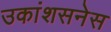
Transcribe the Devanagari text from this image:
उकांशसनेस